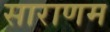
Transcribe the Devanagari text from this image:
साराणम